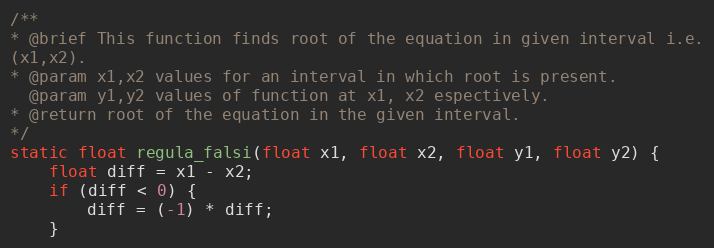
Language: C++
/**
* @brief This function finds root of the equation in given interval i.e.
(x1,x2).
* @param x1,x2 values for an interval in which root is present.
  @param y1,y2 values of function at x1, x2 espectively.
* @return root of the equation in the given interval.
*/
static float regula_falsi(float x1, float x2, float y1, float y2) {
    float diff = x1 - x2;
    if (diff < 0) {
        diff = (-1) * diff;
    }